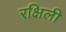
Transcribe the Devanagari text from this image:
रक्षिली